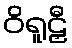
ဝိရူဠှီ